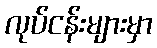
လုပ်ငန်းများမှာ